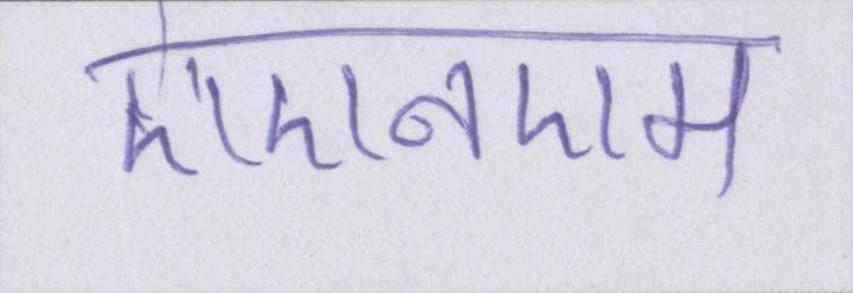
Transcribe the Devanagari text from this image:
एएनएम